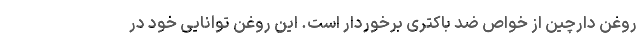
روغن دارچین از خواص ضد باکتری برخوردار است. این روغن توانایی خود در